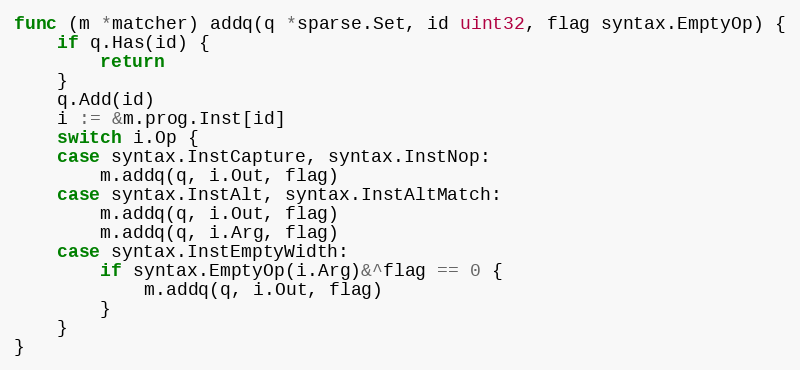
Language: Go
func (m *matcher) addq(q *sparse.Set, id uint32, flag syntax.EmptyOp) {
	if q.Has(id) {
		return
	}
	q.Add(id)
	i := &m.prog.Inst[id]
	switch i.Op {
	case syntax.InstCapture, syntax.InstNop:
		m.addq(q, i.Out, flag)
	case syntax.InstAlt, syntax.InstAltMatch:
		m.addq(q, i.Out, flag)
		m.addq(q, i.Arg, flag)
	case syntax.InstEmptyWidth:
		if syntax.EmptyOp(i.Arg)&^flag == 0 {
			m.addq(q, i.Out, flag)
		}
	}
}